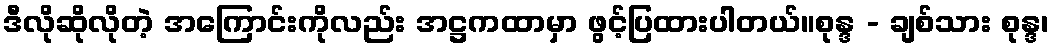
ဒီလိုဆိုလိုတဲ့ အကြောင်းကိုလည်း အဋ္ဌကထာမှာ ဖွင့်ပြထားပါတယ်။စုန္ဒ - ချစ်သား စုန္ဒ၊